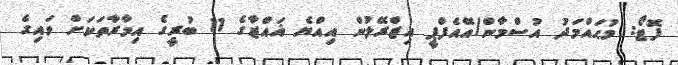
ފޮޓޯ: މުޙައްމަދު އުސްމާން/އޭއެފްޕީ އިޒްރޭލުން އިއްޔެ ޣައްޒާގެ 11 ބުރީގެ އިމާރާތަކަށް ވައިގެ